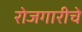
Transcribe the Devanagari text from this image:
रोजगारीचे